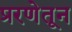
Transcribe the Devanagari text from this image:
प्ररणेतून